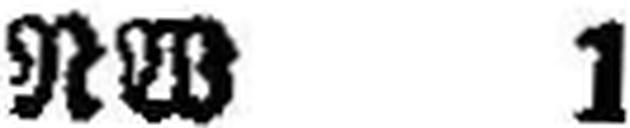
RW 1